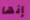
إنها